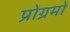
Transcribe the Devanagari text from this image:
प्रोग्रमों